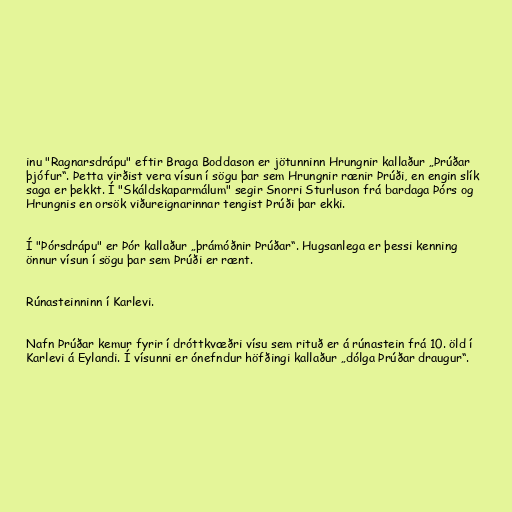
inu "Ragnarsdrápu" eftir Braga Boddason er jötunninn Hrungnir kallaður „Þrúðar
þjófur“. Þetta virðist vera vísun í sögu þar sem Hrungnir rænir Þrúði, en engin slík
saga er þekkt. Í "Skáldskaparmálum" segir Snorri Sturluson frá bardaga Þórs og
Hrungnis en orsök viðureignarinnar tengist Þrúði þar ekki.

Í "Þórsdrápu" er Þór kallaður „þrámóðnir Þrúðar“. Hugsanlega er þessi kenning
önnur vísun í sögu þar sem Þrúði er rænt.

Rúnasteinninn í Karlevi.

Nafn Þrúðar kemur fyrir í dróttkvæðri vísu sem rituð er á rúnastein frá 10. öld í
Karlevi á Eylandi. Í vísunni er ónefndur höfðingi kallaður „dólga Þrúðar draugur“.